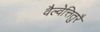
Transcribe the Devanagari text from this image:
वैल्वेत्तितुरै